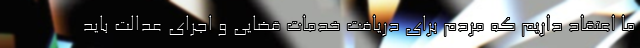
ما اعتقاد داریم که مردم برای دریافت خدمات قضایی و اجرای عدالت باید